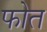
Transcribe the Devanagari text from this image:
फोत